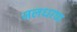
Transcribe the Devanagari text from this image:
जलधरण